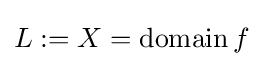
L:=X=\operatorname {domain} f